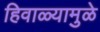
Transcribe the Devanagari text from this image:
हिवाळ्यामुळे